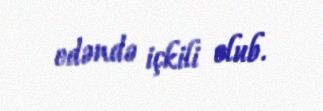
edəndə içkili olub.